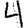
Digit: 4